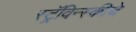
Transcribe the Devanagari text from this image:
स्ट्रॅविन्स्कीचे